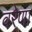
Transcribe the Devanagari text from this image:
वरेणा